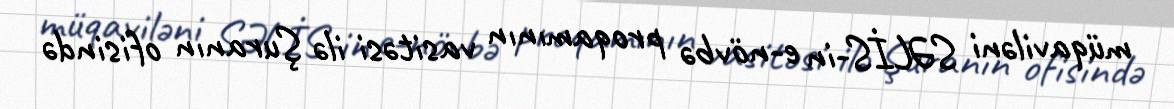
müqaviləni SƏLİS-in e-növbə proqamının vasitəsi ilə Şuranın ofisində